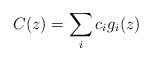
LaTeX: \begin{align*}C(z) = \sum_{i} c_{i} g_{i}(z)\end{align*}